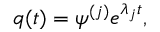
\boldsymbol { q } ( t ) = \boldsymbol { \psi } ^ { ( j ) } e ^ { \lambda _ { j } t } ,